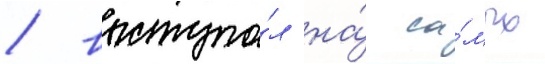
/ выступа́л на́ са́мых